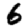
Digit: 6